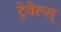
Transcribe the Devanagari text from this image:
ट्रेवेल्स्